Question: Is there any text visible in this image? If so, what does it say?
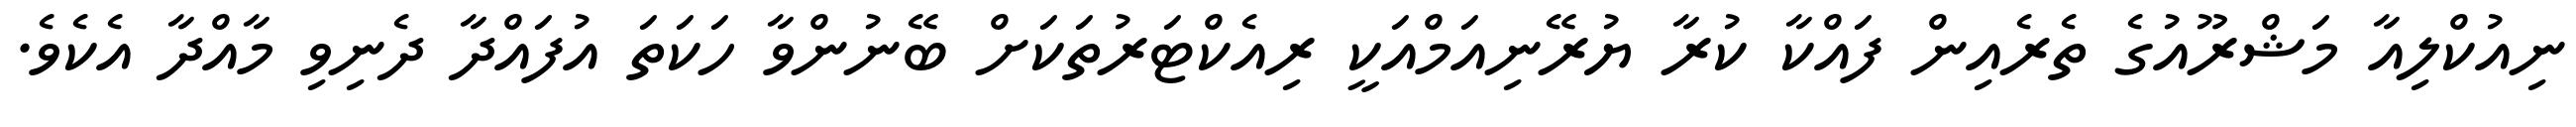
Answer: ނިއުކްލިއާ މަޝްރޫއުގެ ތެރެއިން ފައްކާ ކުރާ ޔުރޭނިއަމްއަކީ ރިއެކްޓަރުތަކަށް ބޭނުންވާ ހަކަތަ އުފައްދާ ދެނިވި މާއްދާ އެކެވެ.